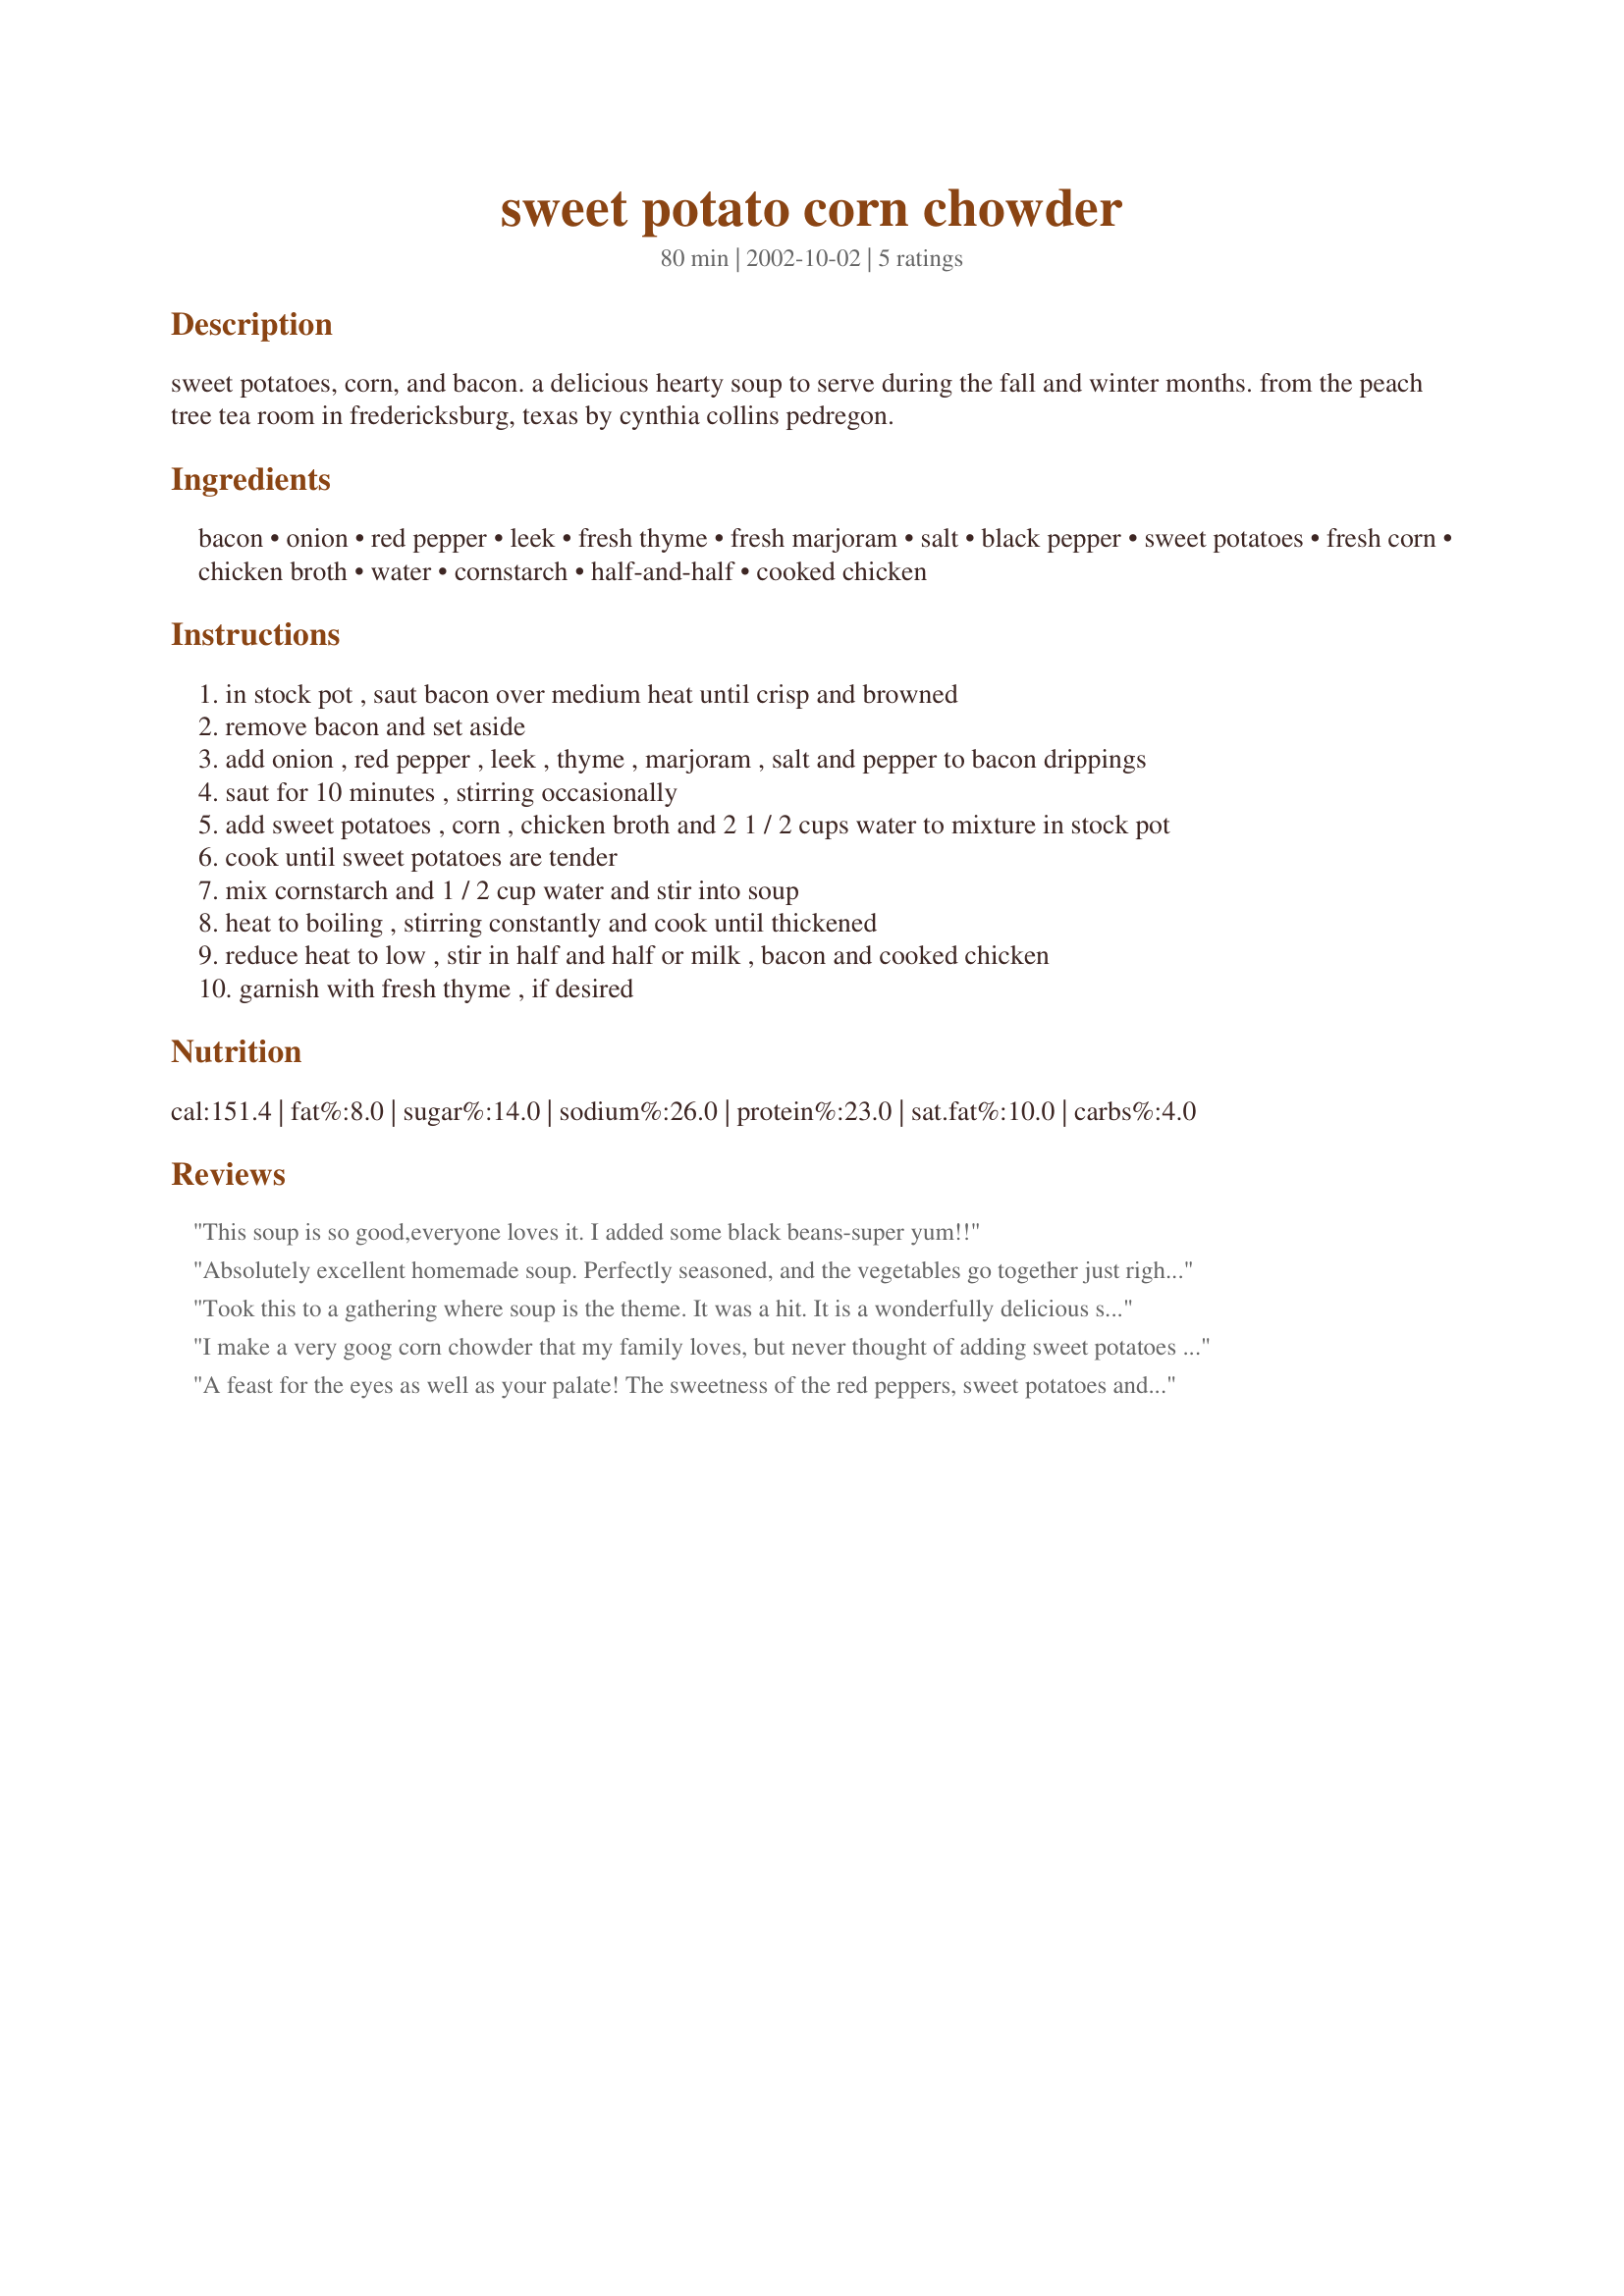
sweet potato corn chowder
Preparation time: 80 minutes

sweet potatoes, corn, and bacon. a delicious hearty soup to serve during the fall and winter months. from the peach tree tea room in fredericksburg, texas by cynthia collins pedregon.

Ingredients:
bacon, onion, red pepper, leek, fresh thyme, fresh marjoram, salt, black pepper, sweet potatoes, fresh corn, chicken broth, water, cornstarch, half-and-half, cooked chicken

Steps:
in stock pot , saut bacon over medium heat until crisp and browned
remove bacon and set aside
add onion , red pepper , leek , thyme , marjoram , salt and pepper to bacon drippings
saut for 10 minutes , stirring occasionally
add sweet potatoes , corn , chicken broth and 2 1 / 2 cups water to mixture in stock pot
cook until sweet potatoes are tender
mix cornstarch and 1 / 2 cup water and stir into soup
heat to boiling , stirring constantly and cook until thickened
reduce heat to low , stir in half and half or milk , bacon and cooked chicken
garnish with fresh thyme , if desired

Reviews:
This soup is so good,everyone loves it. I added some black beans-super yum!!
Absolutely excellent homemade soup. Perfectly seasoned, and the vegetables go together just right. I just made this for a Halloween party tomorrow and I couldn't resist having some. Red peppers were too expensive so I just added extra of everything else. Also left out the chicken since we have some vegetarians in our group, and I plan to cook the bacon in the microwave tomorrow and let those who want some stir it into their own bowls. 

My only problem was that the roux was too thin and I couldn't get my soup to thicken. I finally had to make a second, thicker roux and add that, and then it thickened up nicely. Otherwise, a perfectly delicious chowder. Can't wait to try it tomorrow with some bacon. Thanks, Miss Annie!
Took this to a gathering where soup is the theme. It was a hit. It is a wonderfully delicious soup that is perfect for those cold winter nights.
I make a very goog corn chowder that my family loves, but never thought of adding sweet potatoes to it. I made this recipe for a halloween party in crock pot. Yummy. Everyone loved it.
A feast for the eyes as well as your palate! The sweetness of the red peppers, sweet potatoes and corn is offset by the bacon, chicken, thyme and marjoram. The half and half adds richness and a pale yellow background for the red, green, orange and yellow colors of the vegetables and herbs.
I started by cooking 3 boneless chicken breasts in the bacon drippings. I set them aside and sauteed the vegetables and herbs having to substitute green onions for the leeks. I substituted red skin yams for the sweet potatoes(for color), heavy cream for the half and half (personal preference) and used 8 cups of chicken broth and 1 cup of water because I had 4 cup boxes of broth. Well, you have done it again Miss Annie! I think I need to add a special category to my cookbook just for your recipes.
